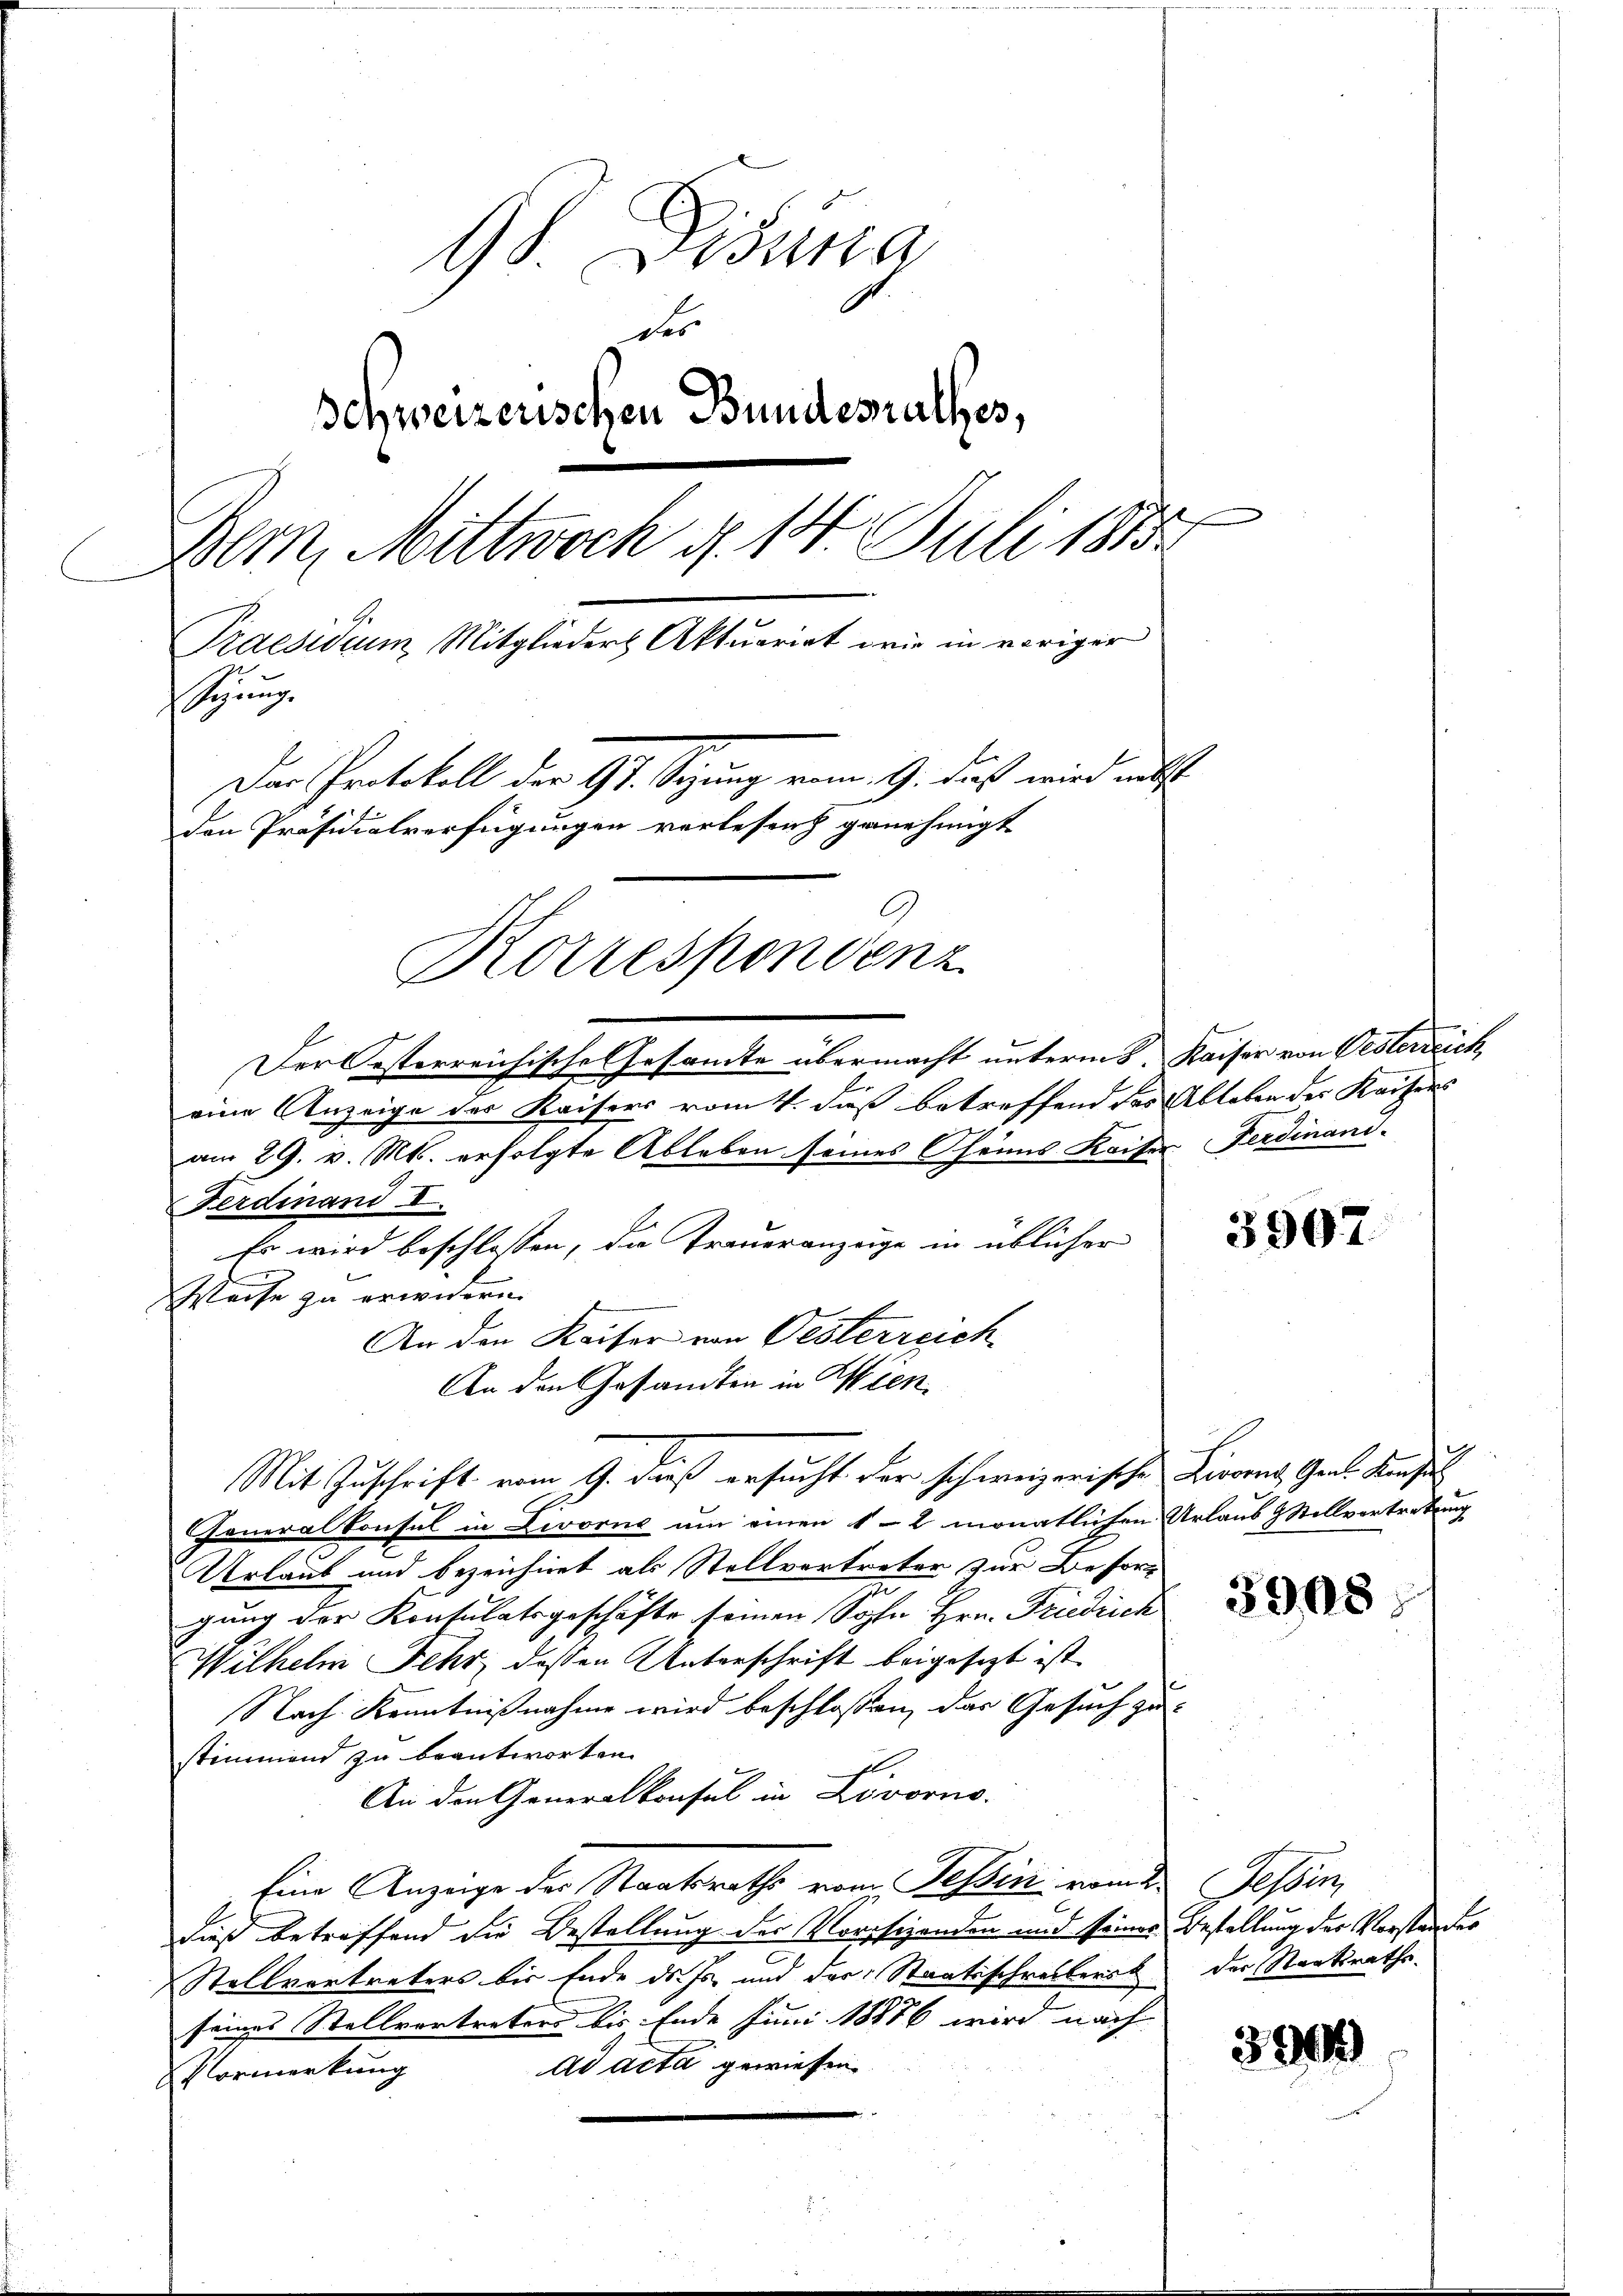
98 Disena
des
Schweizerischen Bundesrathes,
Bern, Mittwoch d. 14. Juli 1815.
Praesidium, Mitglieders Aktuariat wie in voriger
sizung.
Der Protokoll der 91. Setzung vom 9. daß wird mit
den Präsidialverfügungen verlesen genehmigt
Korrespondenz
Der Oesterreichische Gesamte übermacht unterm 8. Kaiser von Oesterrich,
eine Anzeige der Kaisers vom 4. Fuß betreffend das Ableben des Kaisers

am 29. v. Mts. erfolgte Ableben seines Chris Kaiser Ferdinand
Ferdinand I.
Es wird beschlossen, die Traueranzeige in üblicher
Weise zu erwidern.
i
Generalkonsul in Livorne um einen 1-2 monatlichen Urlaus & Stellvertretung
Urlaut und bezeichnet als Stellvertreter zur Besorg
gung der Konsulatsgeschäfte seinen Sohn Hrn. Friedrich
Wilhelm Fehr, dessen Unterschrift beigesezt ist
Nach Kenntnißnahme wird beschlossen, das Gesuch zu-
stimmend zu beantworten.
An den Generalkonsul in Livorno.
Eine Anzeige des Staatsraths vom Tessin vom 2. Tessin,
dieß betreffend die Bestellung der Vorphigenden und seiner Bestellung der Vorstander
Stellvertreters bis Ende ds. Js. und der Staatsschreiberst
seines Stellvortreters bis Ende Juni 18876 wird nach
ad acta gewiesen
Vormerkung

An den Kaiser von Oesterreich
An den Gesandten in Wien.
Mit Zuschrift vom 9. dieß ersucht der schweizerische Livorne Grab. Konsul

3907

3908

der Staatsraths.

3904